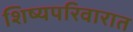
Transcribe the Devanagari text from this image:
शिष्यपरिवारात